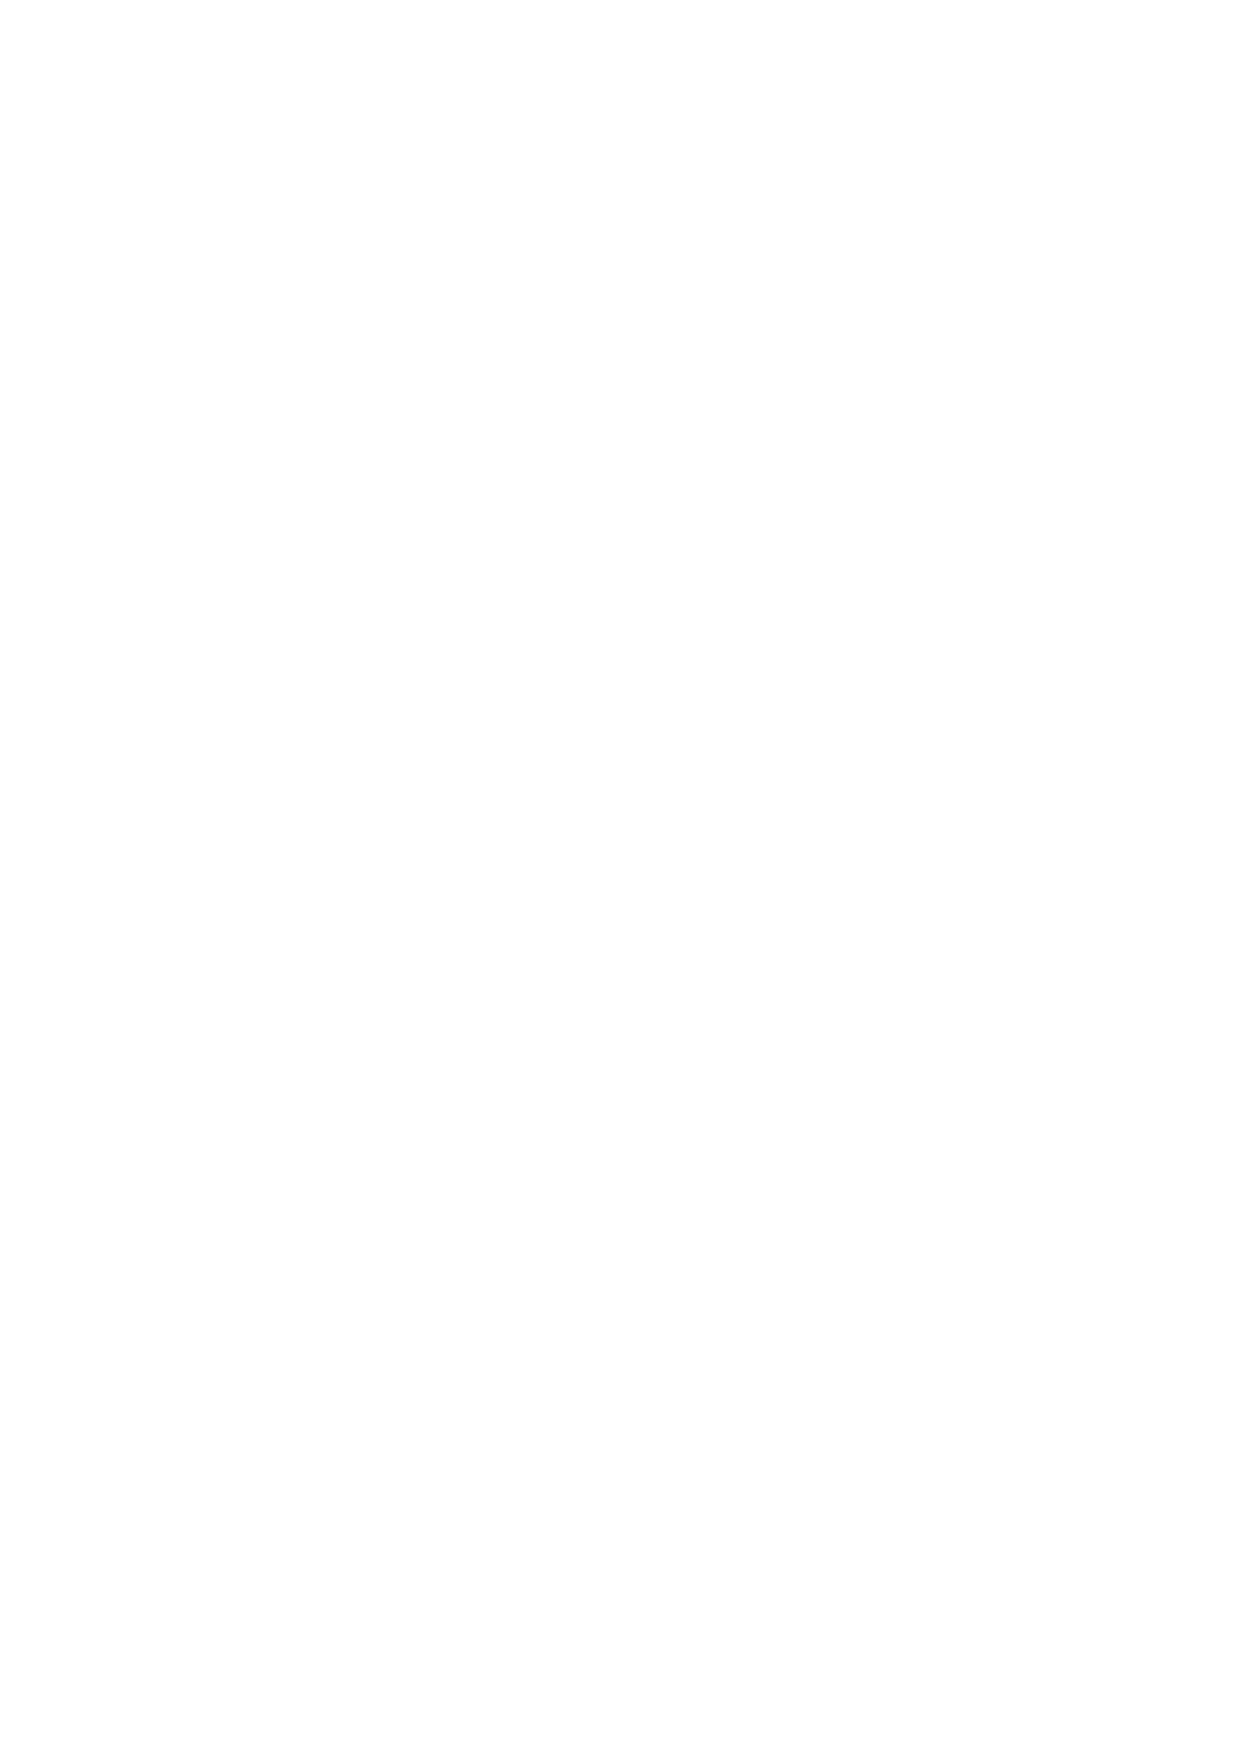
level up to 100% by giving a written notice. In such case if the stop out level is below 100% then
 PandaStocks will hedge the positions or partially close them to bring the equity/margin at to above
 100%. Customers will solely be held liable from any damages or losses that may result from closing the
 position/positions
 9.5 PandaStocks maintains the right to close any client position/positions when stop out level
 (equity/margin) falls at 50% of the total margin requirement or the level agreed with the client. In case
 the balance or equity becomes negative as a result of stop out, PandaStocks shall restore/adjust the
 equity back to zero. This will ensure negative balance protection is provided. As stated in clause 9.4,
 PandaStocks reserves the right to increase the stop out level by giving a written notice to the client.
 9.6 An order placed as a Stop Loss for a position may not necessarily reduce the Margin Requirement.
 9.7 Notwithstanding any other provision of this Agreement, PandaStocks is entitled, in its absolute
 discretion, to permit any trade for a Size which is above the recognised maximum single Size for a
 particular market.
 9.8 The minimum IMR for any market and stop out level may be changed from me to me by PandaStocks
 without notice to you (for example, during volatile market conditions or due to the illiquid nature of any
 Underlying Market). These new margin requirements and stop out level will be applied to all your
 existing Positions as well as any new Transactions. Most contracts’ Minimum IMR is set out in the
 Contract Specifications which are correct at the time of publication. Margin Requirements which are not
 set out in the Contract Specifications or which have changed since the date of publication of the
 Contract Specifications will be quoted on request or posted on the website. It is your responsibility to
 ensure that you are using the most recent margin requirements applicable.
 9.9 Occasionally new or temporary markets are created. These markets attract their own margin
 requirement that may not be published but will be available on demand.
 9.10 You undertake to provide us with and to maintain on your account at all times sufficient cleared funds
 in order to meet the margin requirement, and such undertaking shall be deemed to be repeated each
 me you open enter into a Transaction. A failure to meet your margin obligations at any me is a Default
 Event and may result in us closing out your open Positions without notice to you.
 14
 v.1